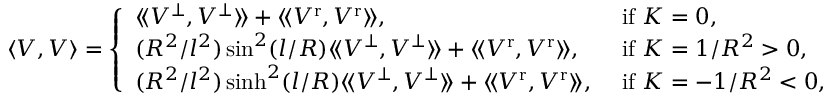
\langle V , V \rangle = \left\{ \begin{array} { l l } { \langle \! \langle V ^ { \perp } , V ^ { \perp } \rangle \! \rangle + \langle \! \langle V ^ { \mathrm { r } } , V ^ { \mathrm { r } } \rangle \! \rangle , } & { \mathrm { ~ i f ~ } K = 0 , } \\ { ( R ^ { 2 } / l ^ { 2 } ) \sin ^ { 2 } ( l / R ) \langle \! \langle V ^ { \perp } , V ^ { \perp } \rangle \! \rangle + \langle \! \langle V ^ { \mathrm { r } } , V ^ { \mathrm { r } } \rangle \! \rangle , } & { \mathrm { ~ i f ~ } K = 1 / R ^ { 2 } > 0 , } \\ { ( R ^ { 2 } / l ^ { 2 } ) \sinh ^ { 2 } ( l / R ) \langle \! \langle V ^ { \perp } , V ^ { \perp } \rangle \! \rangle + \langle \! \langle V ^ { \mathrm { r } } , V ^ { \mathrm { r } } \rangle \! \rangle , } & { \mathrm { ~ i f ~ } K = - 1 / R ^ { 2 } < 0 , } \end{array} \right.